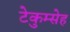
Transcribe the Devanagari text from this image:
टेकुम्सेह